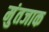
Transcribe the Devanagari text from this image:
मुंतजाक